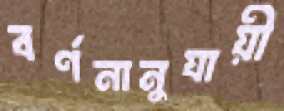
বর্ণনানুযায়ী